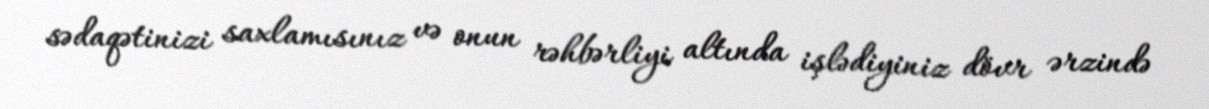
sədaqətinizi saxlamısınız və onun rəhbərliyi altında işlədiyiniz dövr ərzində